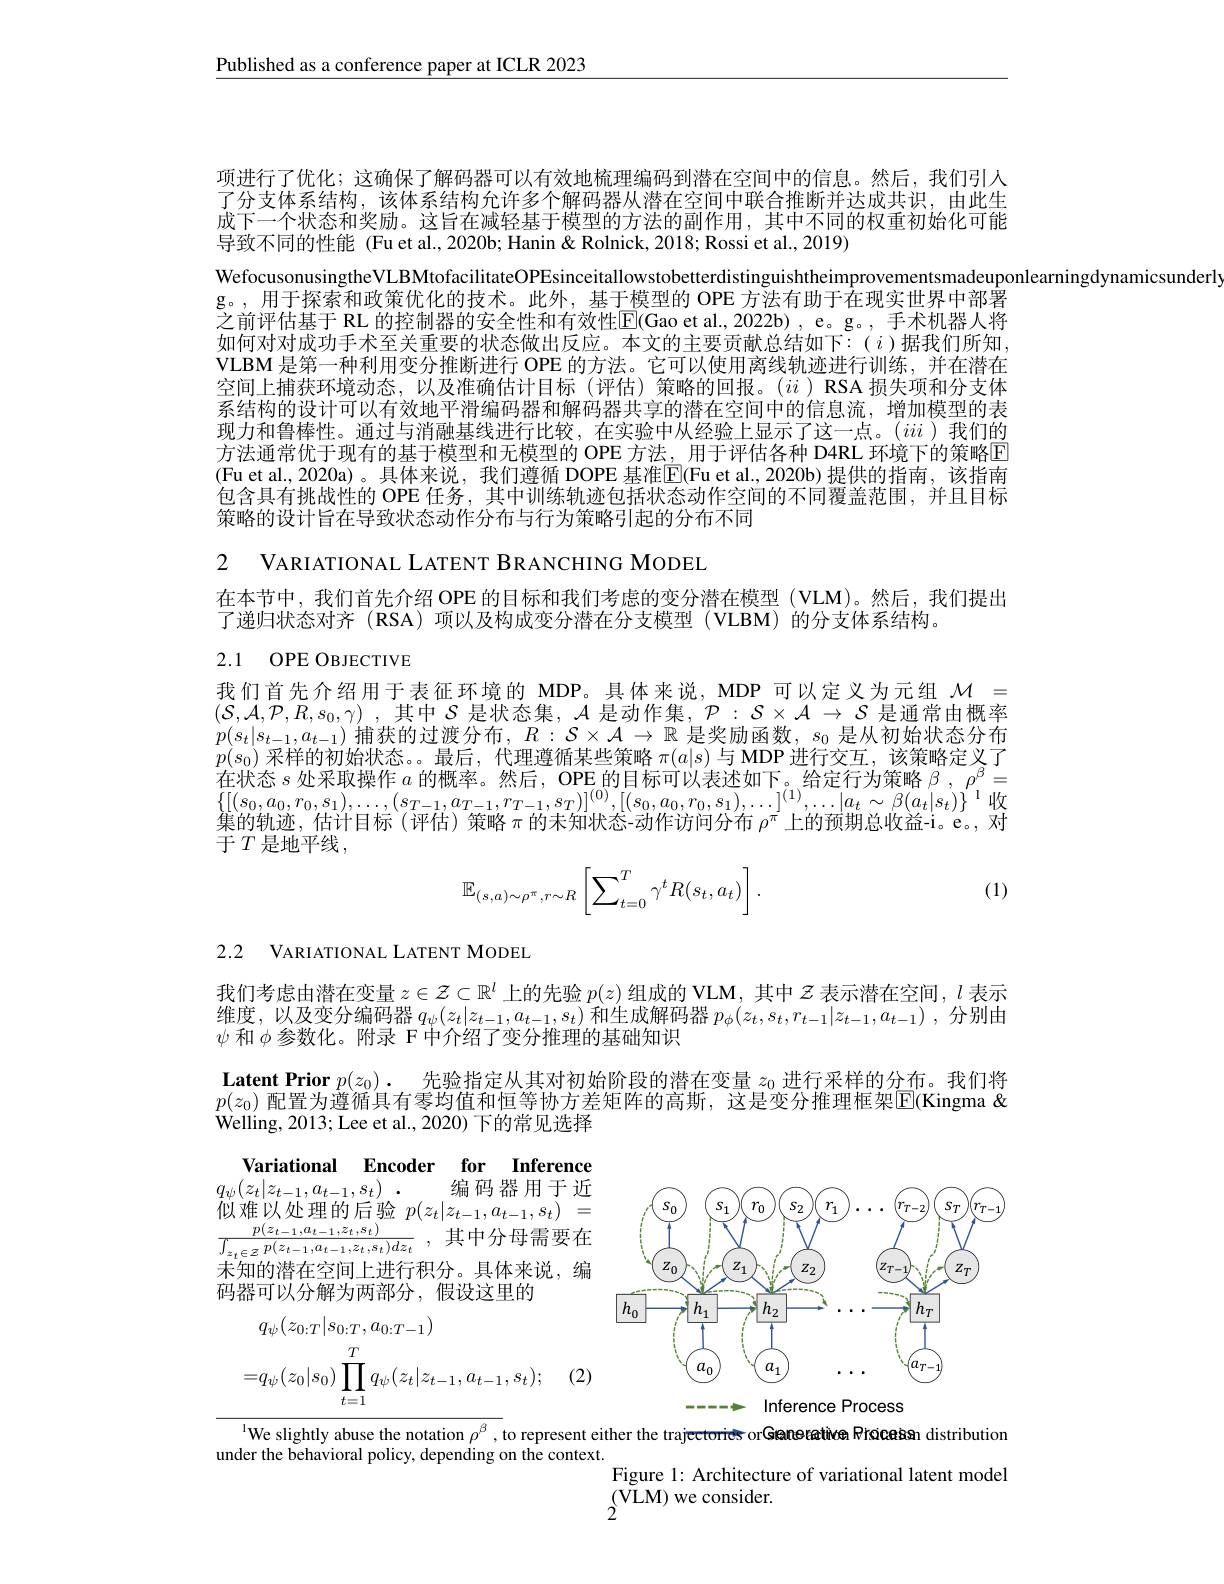
Published as a conference paper at ICLR 2023

项进行了优化；这确保了解码器可以有效地梳理编码到潜在空间中的信息。然后，我们引人了分支体系结构，该体系结构允许多个解码器从潜在空间中联合推断并达成共识，由此生成下一个状态和奖励。这旨在减轻基于模型的方法的副作用，其中不同的权重初始化可能导致不同的性能 (Fu et al., 2020b; Hanin & Rolnick, 2018; Rossi et al., 2019)
WefocusonusingtheVLBMtofacilitateOPEsinceitallowstobetterdistinguishtheimprovementsmadeuponlearningdynamicsunderl
g。,用于探索和政策优化的技术。此外，基于模型的 OPE 方法有助于在现实世界中部署之前评估基于 RL 的控制器的安全性和有效性$\boxed{\mathrm{E}}($Gao et al.,2022b), e。g。, 手术机器人将如何对对成功手术至关重要的状态做出反应。本文的主要贡献总结如下：(i)据我们所知， VLBM 是第一种利用变分推断进行 OPE 的方法。它可以使用离线轨迹进行训练，并在潜在空间上捕获环境动态，以及准确估计目标(评估)策略的回报。($ii$ )RSA 损失项和分支体系结构的设计可以有效地平滑编码器和解码器共享的潜在空间中的信息流，增加模型的表现力和鲁棒性。通过与消融基线进行比较，在实验中从经验上显示了这一点。$(iii)$我们的方法通常优于现有的基于模型和无模型的 OPE 方法，用于评估各种 D4RL 环境下的策略E (Fu et al., 2020a)。具体来说，我们遵循 DOPE 基准$\overline{\mathrm{E}}($Fu et al.,2020b)提供的指南，该指南包含具有挑战性的 OPE 任务，其中训练轨迹包括状态动作空间的不同覆盖范围，并且目标策略的设计旨在导致状态动作分布与行为策略引起的分布不同

2 VARIATIONAL LATENT BRANCHING MODEL

在本节中，我们首先介绍 OPE 的目标和我们考虑的变分潜在模型 (VLM)。然后，我们提出

了递归状态对齐 (RSA) 项以及构成变分潜在分支模型 (VLBM) 的分支体系结构。

# 2.1 OPE OBJECTIVE

我们首先介绍用于表征环境的 MDP。具体来说，MDP 可以定义为元组$\mathcal{M}=$ $( \mathcal{S} , \mathcal{A} , \mathcal{P} , R, s_0, \gamma )$ ,其中$\mathcal{S}$ 是状态集，$\mathcal{A}$ 是动作集，$\mathcal{P}:S\times\mathcal{A}\to\mathcal{S}$ 是通常由概率$p(s_t|s_{t-1},a_{t-1})$捕获的过渡分布$,R:S\times A\to\mathbb{R}$是奖励函数$,s_0$是从初始状态分布$p(s_0)$采样的初始状态。。最后，代理遵循某些策略$\pi(a|s)$与 MDP 进行交互，该策略定义了在状态$s$处采取操作$a$的概率。然后，OPE 的目标可以表述如下。给定行为策略$\beta,\rho^{\beta}=$ $\{[(s_{0},a_{0},r_{0},s_{1}),\ldots,(s_{T-1},a_{T-1},r_{T-1},s_{T})]^{(0)},[(s_{0},a_{0},r_{0},s_{1}),\ldots]^{(1)},\ldots|a_{t}\sim\beta(a_{t}|s_{t})\}^{1}$收集的轨迹，估计目标(评估)策略$\pi$的未知状态-动作访问分布 $\rho^\mathrm{\pi}$上的预期总收益-i。e。对于$T$ 是地平线，
$$\mathbb{E}_{(s,a)\sim\rho^\pi,r\sim R}\left[\sum_{t=0}^T\gamma^tR(s_t,a_t)\right].$$
(1)

2.2 VARIATIONAL LATENT MODEL

我们考虑由潜在变量$z\in\mathcal{Z}\subset\mathbb{R}^l$上的先验$p(z)$组成的 VLM, 其中$\mathcal{Z}$表示潜在空间，$l$表示维度，以及变分编码器$q_\psi(z_t|z_{t-1},a_{t-1},s_t)$和生成解码器$p_\phi(z_t,s_t,r_{t-1}|z_{t-1},a_{t-1})$,分别由$\psi$和$\phi$参数化。附录 F 中介绍了变分推理的基础知识

Latent Prior $p( z_0) .$ 先验指定从其对初始阶段的潜在变量 $z_0$ 进行采样的分布。我们将$p(z_0)$ 配置为遵循具有零均值和恒等协方差矩阵的高斯，这是变分推理框架$\overline{\mathrm{E}}($Kingma & Welling, 2013; Lee et al., 2020) 下的常见选择

Variational Encoder for Inference

<FigureHere>

$^{\text{l}}$We slightly abuse the notation $\rho^\beta$, to represent either the trajectorries orGenerative R'cicesan distribution

under the behavioral policy, depending on the context.

Figure 1: Architecture of variational latent model
$_{\mathrm{s}}^{(\mathrm{VLM})}$we consider.
2